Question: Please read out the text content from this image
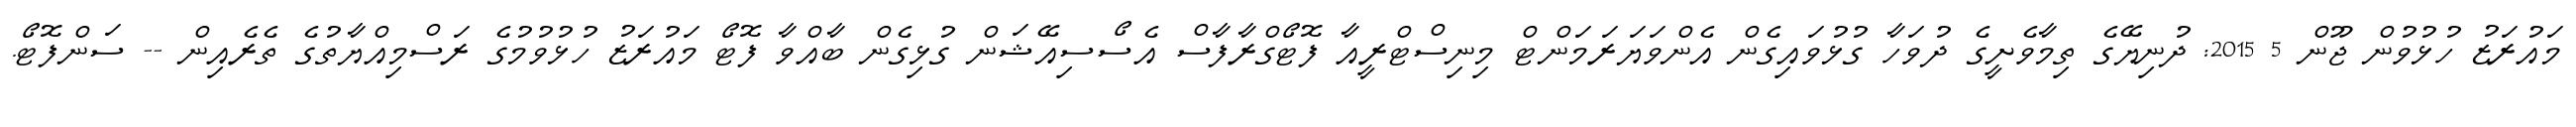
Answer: މައުރަޒު ހުޅުވުން ޖޫން 5 2015: ދުނިޔޭގެ ތިމާވެށީގެ ދުވަހާ ގުޅުވައިގެން އެންވަޔަރަމަންޓް މިނިސްޓްރީއާ ފޮޓޯގްރާފާސް އެސޯސިއޭޝަން ގުޅިގެން ބާއްވާ ފޮޓޯ މައުރަޒު ހުޅުވުމުގެ ރަސްމިއްޔާތުގެ ތެރެއިން -- ސަންފޮޓޯ.